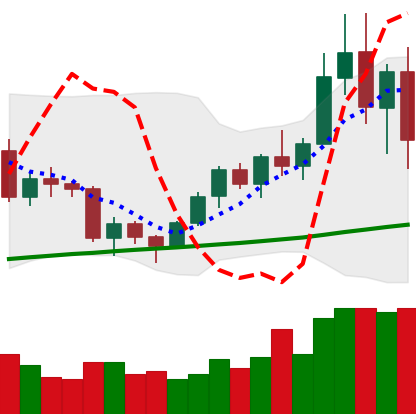
Ticker: BNB-USD
Chart end date: 2020-12-23
Forward return: 15.264%
Label: up_7plus